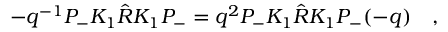
- q ^ { - 1 } P _ { - } K _ { 1 } \hat { R } K _ { 1 } P _ { - } = q ^ { 2 } P _ { - } K _ { 1 } \hat { R } K _ { 1 } P _ { - } ( - q ) \quad ,